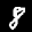
Label: 8